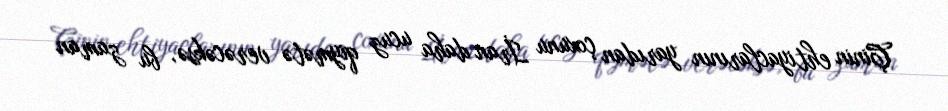
Çinin ehtiyaclarının yarıdan çoxunu İran daha ucuz qiymətə verəcəksə, bu zaman